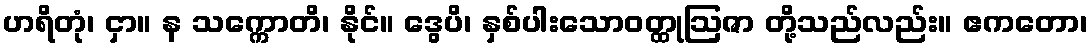
ဟရိတုံ၊ ငှာ။ န သက္ကောတိ၊ နိုင်။ ဒွေပိ၊ နှစ်ပါးသောဝတ္ထုဩဇာ တို့သည်လည်း။ ဧကတော၊